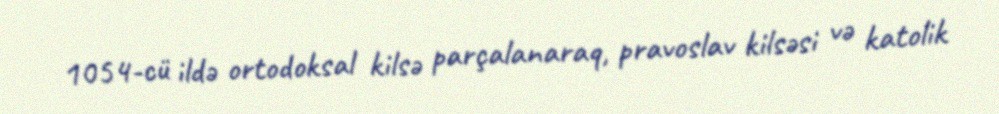
1054-cü ildə ortodoksal kilsə parçalanaraq, pravoslav kilsəsi və katolik